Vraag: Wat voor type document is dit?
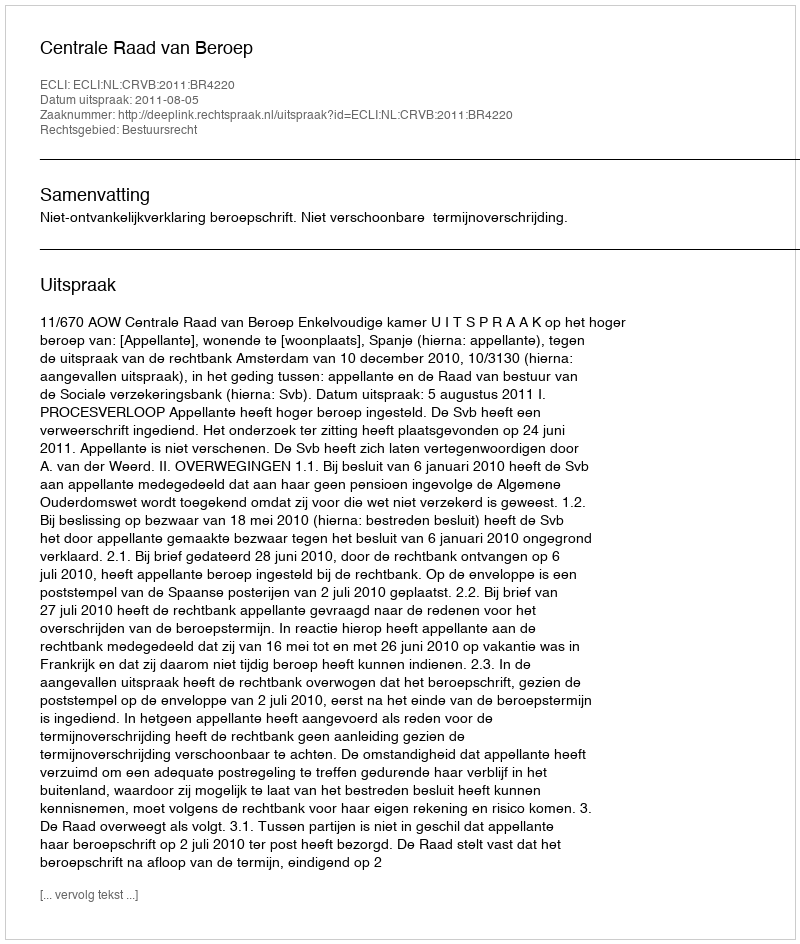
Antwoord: Uitspraak